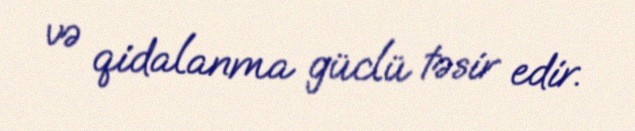
və qidalanma güclü təsir edir.